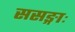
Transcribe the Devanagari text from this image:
ससङ्गाः